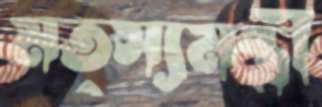
মত্স্যমন্ত্রী